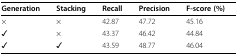
| Generation | Stacking | Recall | Precision | F-score (%) |
 | --- | --- | --- | --- | --- |
 | × | × | 42.87 | 47.72 | 45.16 |
 | ✓ | × | 43.37 | 46.42 | 44.84 |
 | ✓ | ✓ | 43.59 | 48.77 | 46.04 |